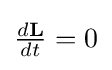
{\textstyle {\frac {d\mathbf {L} }{dt}}=0}